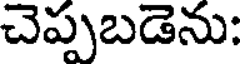
చెప్పబడెను: